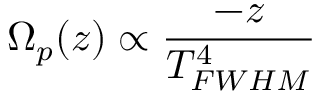
\Omega _ { p } ( z ) \propto \frac { - z } { T _ { F W H M } ^ { 4 } }